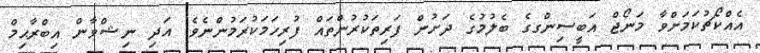
އެއްކޯޗުކަމަށްވާ މަނޯޖް އަބީސިންގގެ ބެލުމުގެ ދަށުން ފަރިތަކުރުންތައް ފުރިހަމަކުރަމުންނެވެ. އަދި ނިޝްވާން އިބްރާޙިމް